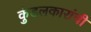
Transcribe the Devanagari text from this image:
कुंडलकारांची